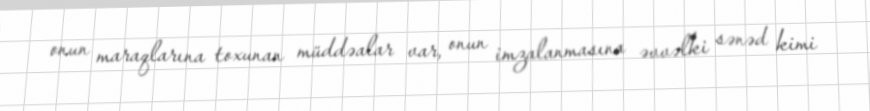
onun maraqlarına toxunan müddəalar var, onun imzalanmasına əvvəlki sənəd kimi